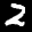
Label: 2